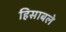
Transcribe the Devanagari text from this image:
हिसाबले